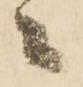
ニ